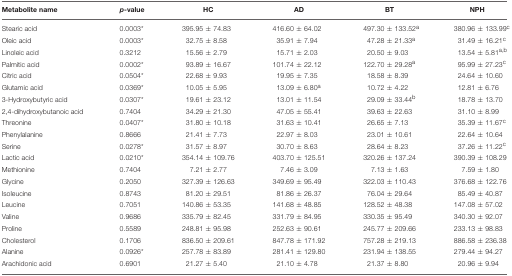
<table><thead><tr><td><b>Metabolite name</b></td><td><b><i>p</i>-value</b></td><td><b>HC</b></td><td><b>AD</b></td><td><b>BT</b></td><td><b>NPH</b></td></tr></thead><tbody><tr><td>Stearic acid</td><td>0.0003<sup>*</sup></td><td>395.95 ± 74.83</td><td>416.60 ± 64.02</td><td>497.30 ± 133.52<sup>a</sup></td><td>380.96 ± 133.99<sup>c</sup></td></tr><tr><td>Oleic acid</td><td>0.0003<sup>*</sup></td><td>32.75 ± 8.58</td><td>35.91 ± 7.94</td><td>47.28 ± 21.33<sup>a</sup></td><td>31.49 ± 16.21<sup>c</sup></td></tr><tr><td>Linoleic acid</td><td>0.3212</td><td>15.56 ± 2.79</td><td>15.71 ± 2.03</td><td>20.50 ± 9.03</td><td>13.54 ± 5.81<sup>a</sup><sup>,</sup><sup>b</sup></td></tr><tr><td>Palmitic acid</td><td>0.0002<sup>*</sup></td><td>93.89 ± 16.67</td><td>101.74 ± 22.12</td><td>122.70 ± 29.28<sup>a</sup></td><td>95.99 ± 27.23<sup>c</sup></td></tr><tr><td>Citric acid</td><td>0.0504<sup>*</sup></td><td>22.68 ± 9.93</td><td>19.95 ± 7.35</td><td>18.58 ± 8.39</td><td>24.64 ± 10.60</td></tr><tr><td>Glutamic acid</td><td>0.0369<sup>*</sup></td><td>10.05 ± 5.95</td><td>13.09 ± 6.80<sup>a</sup></td><td>10.72 ± 4.22</td><td>12.81 ± 6.76</td></tr><tr><td>3-Hydroxybutyric acid</td><td>0.0307<sup>*</sup></td><td>19.61 ± 23.12</td><td>13.01 ± 11.54</td><td>29.09 ± 33.44<sup>b</sup></td><td>18.78 ± 13.70</td></tr><tr><td>2,4-dihydroxybutanoic acid</td><td>0.7404</td><td>34.29 ± 21.30</td><td>47.05 ± 55.41</td><td>39.63 ± 22.63</td><td>31.10 ± 8.99</td></tr><tr><td>Threonine</td><td>0.0407<sup>*</sup></td><td>31.80 ± 10.18</td><td>31.63 ± 10.41</td><td>26.65 ± 7.13</td><td>35.39 ± 11.67<sup>c</sup></td></tr><tr><td>Phenylalanine</td><td>0.8666</td><td>21.41 ± 7.73</td><td>22.97 ± 8.03</td><td>23.01 ± 10.61</td><td>22.64 ± 10.64</td></tr><tr><td>Serine</td><td>0.0278<sup>*</sup></td><td>31.57 ± 8.97</td><td>30.70 ± 8.63</td><td>28.64 ± 8.23</td><td>37.26 ± 11.22<sup>c</sup></td></tr><tr><td>Lactic acid</td><td>0.0210<sup>*</sup></td><td>354.14 ± 109.76</td><td>403.70 ± 125.51</td><td>320.26 ± 137.24</td><td>390.39 ± 108.29</td></tr><tr><td>Methionine</td><td>0.7404</td><td>7.21 ± 2.77</td><td>7.46 ± 3.09</td><td>7.13 ± 1.63</td><td>7.59 ± 1.80</td></tr><tr><td>Glycine</td><td>0.2050</td><td>327.39 ± 126.63</td><td>349.69 ± 95.49</td><td>322.03 ± 110.43</td><td>376.68 ± 122.76</td></tr><tr><td>Isoleucine</td><td>0.8743</td><td>81.20 ± 29.51</td><td>81.86 ± 26.37</td><td>76.04 ± 29.64</td><td>85.49 ± 40.87</td></tr><tr><td>Leucine</td><td>0.7051</td><td>140.86 ± 53.35</td><td>141.68 ± 48.85</td><td>128.52 ± 48.38</td><td>147.08 ± 57.02</td></tr><tr><td>Valine</td><td>0.9686</td><td>335.79 ± 82.45</td><td>331.79 ± 84.95</td><td>330.35 ± 95.49</td><td>340.30 ± 92.07</td></tr><tr><td>Proline</td><td>0.5589</td><td>248.81 ± 95.98</td><td>252.63 ± 90.61</td><td>245.77 ± 209.66</td><td>233.13 ± 98.83</td></tr><tr><td>Cholesterol</td><td>0.1706</td><td>836.50 ± 209.61</td><td>847.78 ± 171.92</td><td>757.28 ± 219.13</td><td>886.58 ± 236.38</td></tr><tr><td>Alanine</td><td>0.0926<sup>*</sup></td><td>257.78 ± 83.89</td><td>281.41 ± 129.80</td><td>231.94 ± 138.55</td><td>279.44 ± 94.27</td></tr><tr><td>Arachidonic acid</td><td>0.6901</td><td>21.27 ± 5.40</td><td>21.10 ± 4.78</td><td>21.37 ± 8.80</td><td>20.96 ± 9.94</td></tr></tbody></table>